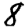
Digit: 8